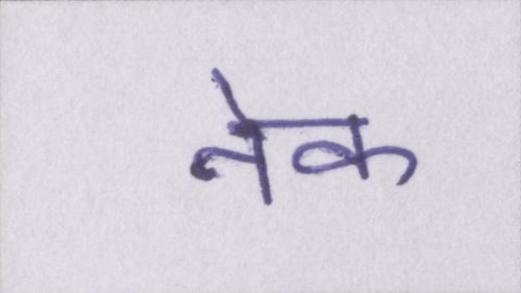
नेक